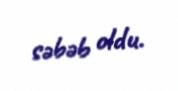
səbəb oldu.